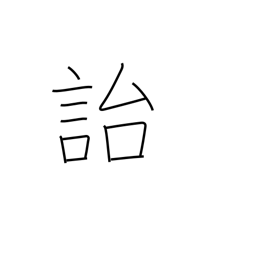
Meaning: leave behind